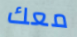
معك